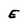
Character: E